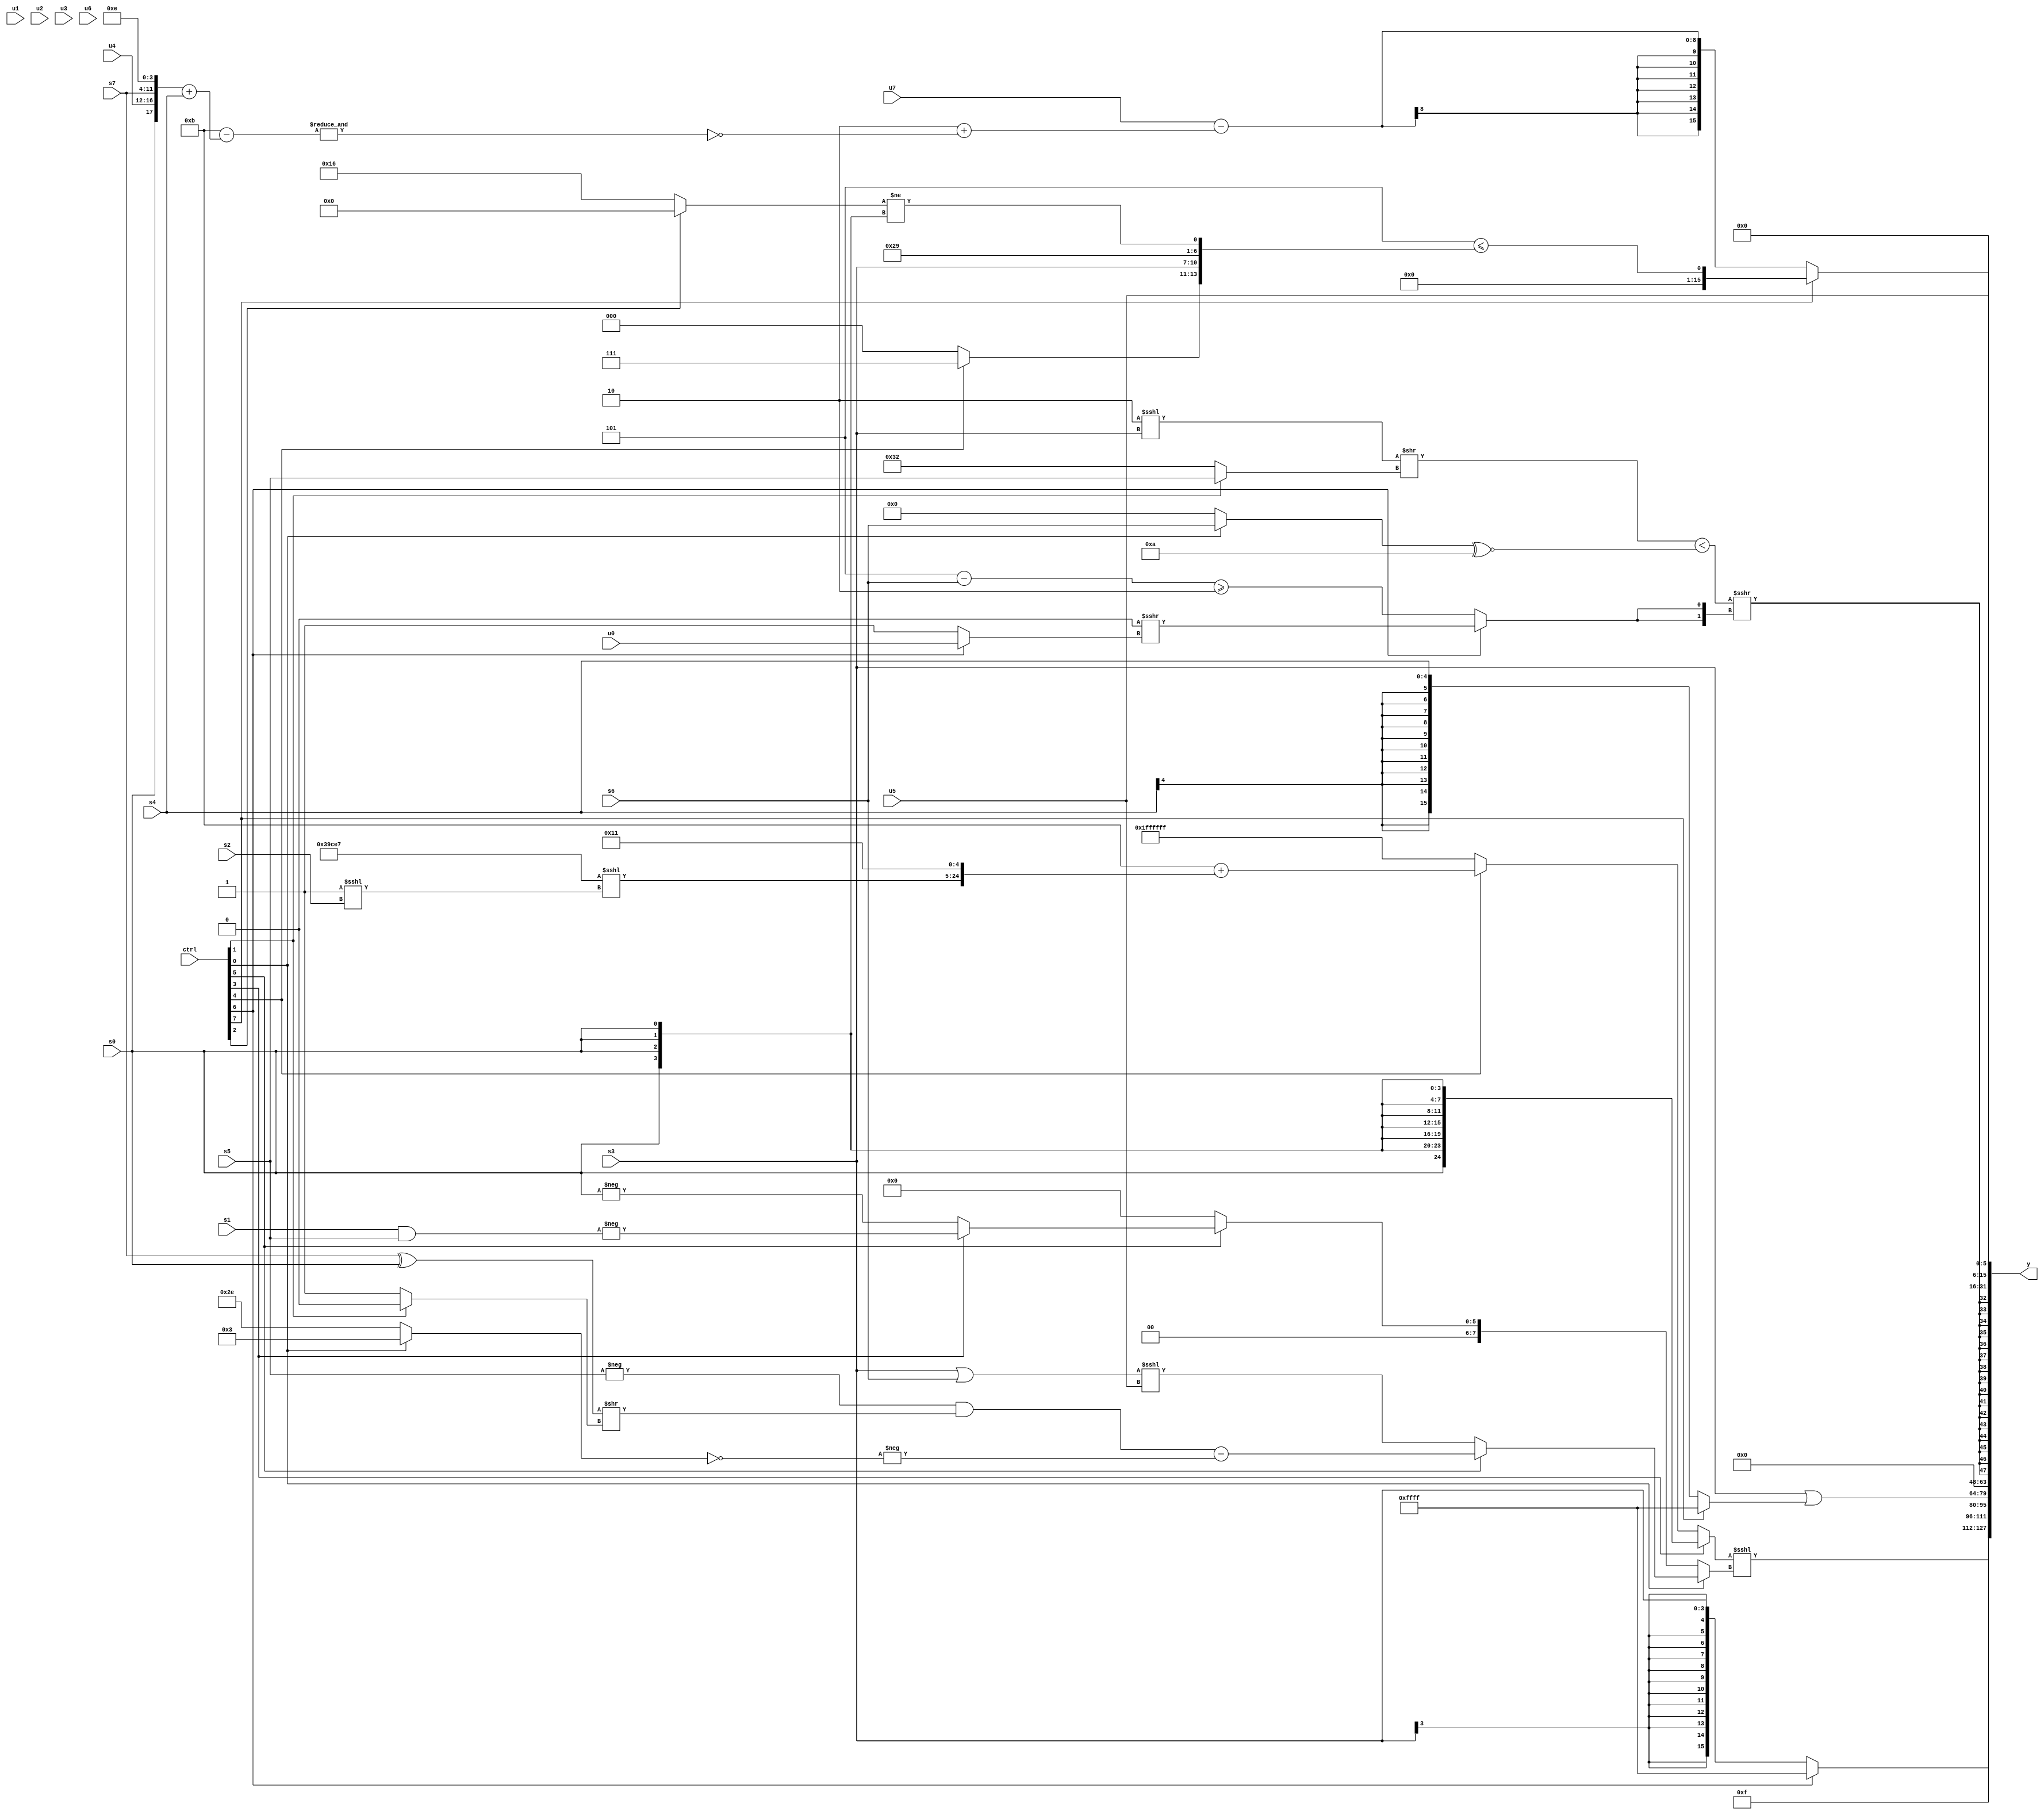
module wideexpr_00847(ctrl, u0, u1, u2, u3, u4, u5, u6, u7, s0, s1, s2, s3, s4, s5, s6, s7, y);
  input [7:0] ctrl;
  input [0:0] u0;
  input [1:0] u1;
  input [2:0] u2;
  input [3:0] u3;
  input [4:0] u4;
  input [5:0] u5;
  input [6:0] u6;
  input [7:0] u7;
  input signed [0:0] s0;
  input signed [1:0] s1;
  input signed [2:0] s2;
  input signed [3:0] s3;
  input signed [4:0] s4;
  input signed [5:0] s5;
  input signed [6:0] s6;
  input signed [7:0] s7;
  output [127:0] y;
  wire [15:0] y0;
  wire [15:0] y1;
  wire [15:0] y2;
  wire [15:0] y3;
  wire [15:0] y4;
  wire [15:0] y5;
  wire [15:0] y6;
  wire [15:0] y7;
  assign y = {y0,y1,y2,y3,y4,y5,y6,y7};
  assign y0 = {4{((ctrl[3]?s0:(ctrl[4]?($signed(4'sb1011))+($signed({({4{5'sb00111}})<<<((1'sb1)<<<(s2)),5'sb10001})):+($signed(1'sb1)))))<<<((ctrl[0]?(ctrl[5]?(($signed(-(s5)))&(((s7)^(s0))>>((ctrl[1]?2'sb00:4'sb0001))))-(-(!($signed((ctrl[0]?2'b11:6'sb101110))))):((s3)|(s6))<<<(u5)):(ctrl[5]?$signed((ctrl[3]?-($unsigned((s1)&(s5))):-(s0))):$signed(3'sb000))))}};
  assign y1 = +(4'b1111);
  assign y2 = (ctrl[6]?3'sb111:$signed($signed(s3)));
  assign y3 = ($signed(s3))|((ctrl[7]?$signed(|(4'sb0010)):s4));
  assign y4 = ($unsigned(5'sb10010))>=(5'b10111);
  assign y5 = +($signed($signed((-((((2'sb10)<<<(s3))>>((ctrl[1]?s5:5'sb10010)))<(((ctrl[0]?s6:5'sb00000))^~($signed(5'sb01010)))))>>>({2{(ctrl[6]?((1'b1)>>>(2'b11))>>>((ctrl[6]?u0:3'b001)):((3'sb101)-(s6))>=(2'sb10))}}))));
  assign y6 = (ctrl[7]?(((+(5'sb11011))<<<($signed(6'b001110)))^(+($signed(3'sb101))))<=($signed({+((ctrl[4]?~(3'b000):1'sb0)),s3,-($signed(6'sb010111)),+(((ctrl[2]?2'b00:5'sb10110))!=({4{s0}}))})):(u7)-(({-(({2'sb01,2'sb10})>>($signed(3'sb011))),2'sb10})+(~&((5'b01011)-(({s0,u4,s7,4'sb1110})+(s4))))));
  assign y7 = u5;
endmodule